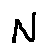
N